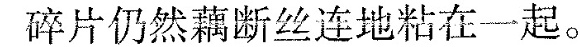
碎片仍然藕断丝连地粘在一起。